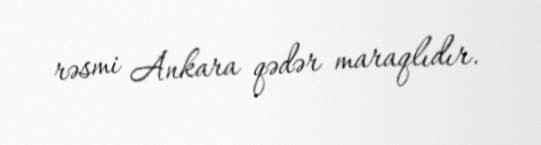
rəsmi Ankara qədər maraqlıdır.